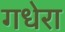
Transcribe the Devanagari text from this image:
गधेरा